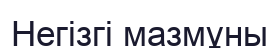
Негізгі мазмұны